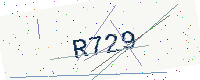
Text: R729